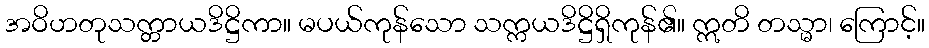
အဝိဟတုသက္တာယဒိဋ္ဌိကာ။ မပယ်ကုန်သော သက္ကယဒိဋ္ဌိရှိကုန်၏။ ဣတိ တသ္မာ၊ ကြောင့်။